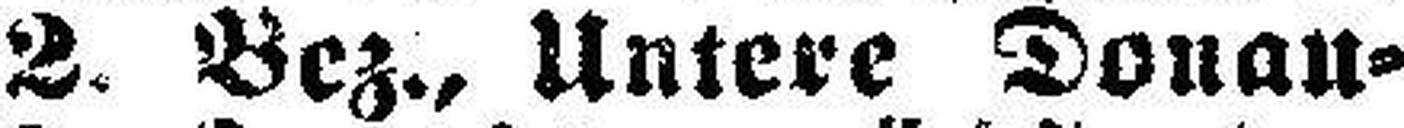
2. Bez., Untere Donau¬